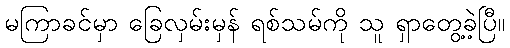
မကြာခင်မှာ ခြေလှမ်းမှန် ရစ်သမ်ကို သူ ရှာတွေ့ခဲ့ပြီ။